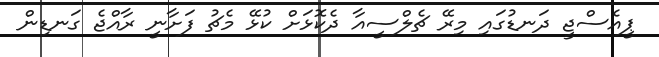
ޕީއެސްޖީ ދަނޑުގައި މިރޭ ޗެލްސީއާ ދެކޮޅަށް ކުޅޭ މެޗު ފަށާނީ ރާއްޖެ ގަނޑިން